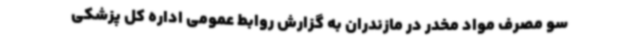
سو مصرف مواد مخدر در مازندران به گزارش روابط عمومی اداره کل پزشکی